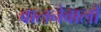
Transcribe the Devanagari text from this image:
बालनेवालों